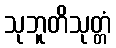
သုဘူတိသုတ္တံ